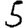
Digit: 5